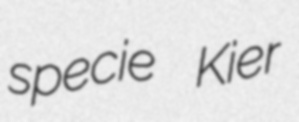
specie Kier